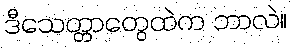
ဒီသေတ္တာတွေထဲက ဘာလဲ။